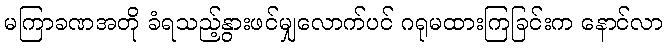
မကြာခဏအတို ခံရသည့်နွားဖင်မျှလောက်ပင် ဂရုမထားကြခြင်းက နောင်လာ